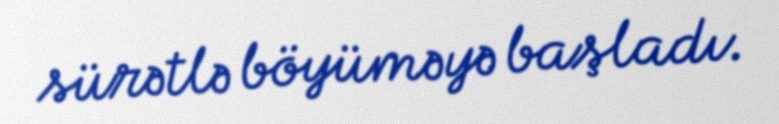
sürətlə böyüməyə başladı.